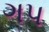
ગપ